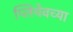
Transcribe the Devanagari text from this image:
प्लियेवच्या